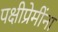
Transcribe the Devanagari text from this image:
पक्षीप्रेमींना